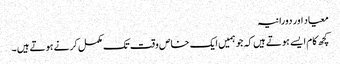
معیاد اور دورانیہ
کچھ کام ایسے ہوتے ہیں کہ جو ہمیں ایک خاص وقت تک مکمل کرنے ہوتے ہیں ۔